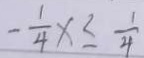
- \frac { 1 } { 4 } x \leq \frac { 1 } { 4 }